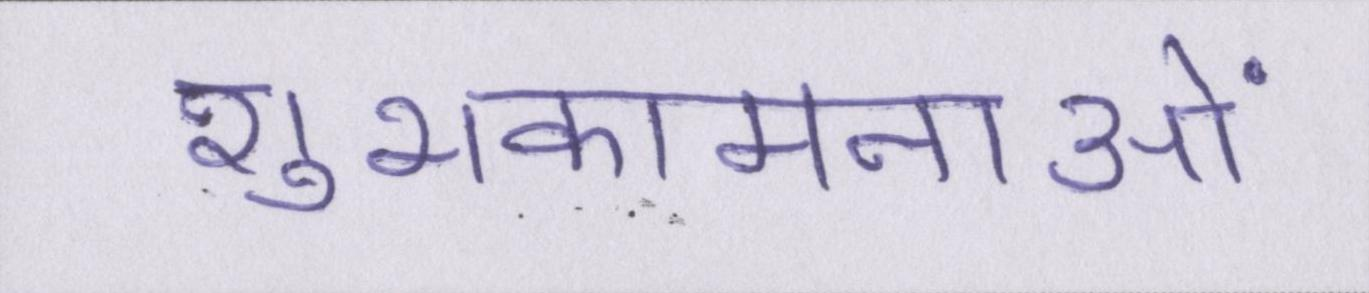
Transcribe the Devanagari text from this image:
शुभकामनाओं